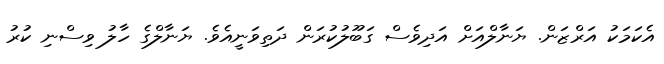
އެކަމަކު އަރްޒަން. ޔަނާލްއަށް އަދިވެސް ގަބޫލުކުރަން ދަތިވަނީއެވެ. ޔަނާލްގެ ހާލު ވިސްނި ކުރު